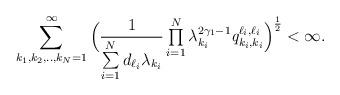
LaTeX: \begin{align*}\sum_{k_{1},k_{2},..,k_{N}=1}^{\infty }\Big(\frac{1}{\sum\limits_{i=1}^{N}d_{\ell _{i}}\lambda _{k_{i}}}\mathop{\textstyle \prod }\limits_{i=1}^{N}\lambda _{k_{i}}^{2\gamma_1-1}\emph{q}_{k_{i},k_{i}}^{\ell_{i},\ell _{i}}\Big)^{\frac{1}{2}}<\infty . \end{align*}